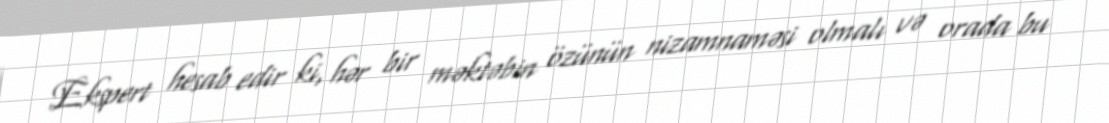
Ekspert hesab edir ki, hər bir məktəbin özünün nizamnaməsi olmalı və orada bu